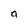
Character: a